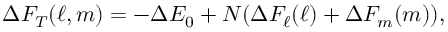
\Delta F _ { T } ( \ell , m ) = - \Delta E _ { 0 } + N ( \Delta F _ { \ell } ( \ell ) + \Delta F _ { m } ( m ) ) ,